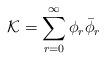
LaTeX: \begin{align*}\mathcal{K}=\sum_{r=0}^{\infty} \phi_r\bar{\phi}_r \end{align*}